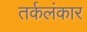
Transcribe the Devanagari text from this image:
तर्कलंकार